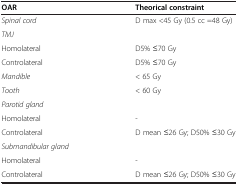
| OAR | Theorical constraint |
 | --- | --- |
 | Spinal cord | D max <45 Gy (0.5 cc =48 Gy) |
 | TMJ |  |
 | Homolateral | D5% ≤70 Gy |
 | Controlateral | D5% ≤70 Gy |
 | Mandible | < 65 Gy |
 | Tooth | < 60 Gy |
 | Parotid gland |  |
 | Homolateral | - |
 | Controlateral | D mean ≤26 Gy; D50% ≤30 Gy |
 | Submandibular gland |  |
 | Homolateral | - |
 | Controlateral | D mean ≤26 Gy; D50% ≤30 Gy |